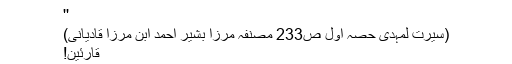
''
(سیرت لمہدی حصہ اول ص233 مصنفہ مرزا بشیر احمد ابن مرزا قادیانی)
قارئین!